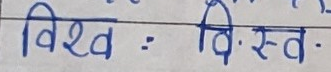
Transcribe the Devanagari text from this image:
विश्व  : वि.स्व.